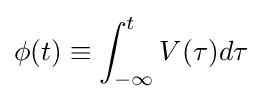
\phi (t)\equiv \int _{-\infty }^{t}V(\tau )d\tau